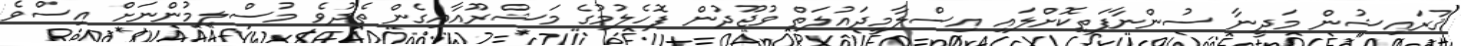
ޤުރައިޝުން މަދީނާ ސުންނާފަތިކޮށްލައި އިސްލާމީދައުލަތް ވުޖޫދުން ފޮހެލުމުގެ މަޝްރޫއާއިގެން ތެދުވެ މުސްލިމުންނަށް އިސްވެ